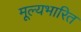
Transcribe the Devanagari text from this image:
मूल्यभारित